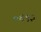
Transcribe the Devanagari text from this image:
०६९३